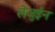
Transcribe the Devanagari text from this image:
लेजुईन